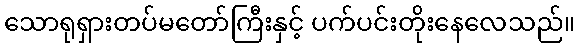
သောရုရှားတပ်မတော်ကြီးနှင့် ပက်ပင်းတိုးနေလေသည်။